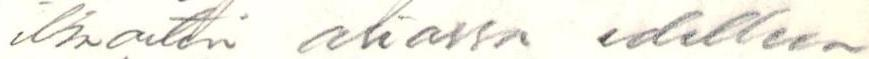
ilmoitin asiassa edelleen